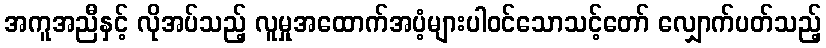
အကူအညီနှင့် လိုအပ်သည့် လူမှုအထောက်အပံ့များပါဝင်သောသင့်တော် လျှောက်ပတ်သည့်